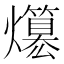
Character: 𤒪